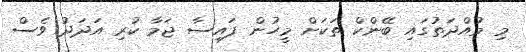
މި މުއްދަތުގައި ބޭންކް ތަކަށް މީހުން ފައިސާ ޖަމާ ކުރި އަދަދު ވެސް